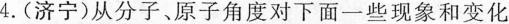
4.(济宁)从分子、原子角度对下面一些现象和变化